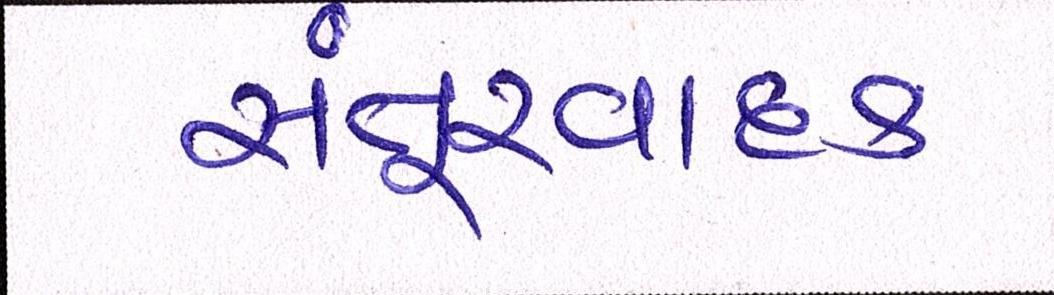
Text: સંતૂરવાદક